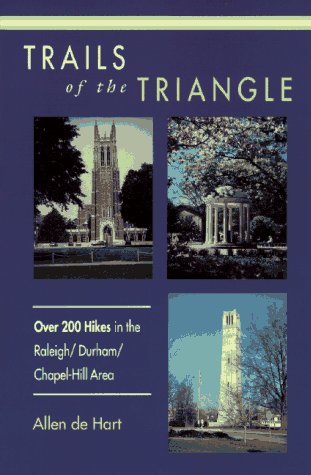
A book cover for Trails of the Triangle: 200 Hikes in the Raleigh/Durham/Chapel Hill Area; Allen De Hart; Travel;